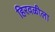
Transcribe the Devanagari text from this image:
हिरवळीला